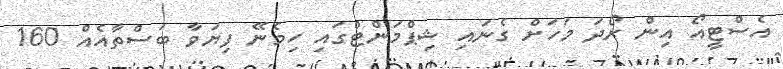
އެސްޓީއޯ އިން ރޯދަ މަހަށް ގެނައި ޝިޕްމަންޓްގައި ހިމެނޭ ފިޔަވާ ބަސްތާއެއް 160